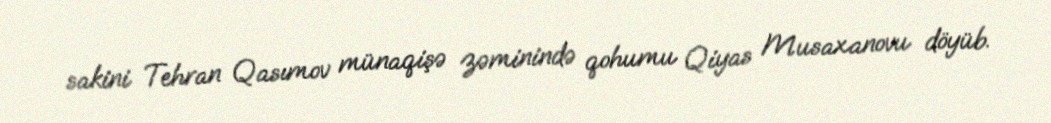
sakini Tehran Qasımov münaqişə zəminində qohumu Qiyas Musaxanovu döyüb.